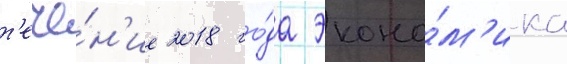
т'ече́н'ие 2018 го́да эконо́м'ика